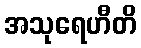
အသုရေဟီတိ